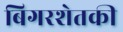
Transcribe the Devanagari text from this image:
बिगरशेतकी